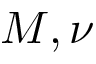
M , \nu